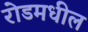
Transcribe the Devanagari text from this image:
रोडमधील